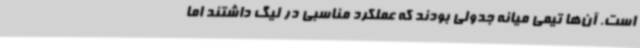
است. آن‌ها تیمی میانه جدولی بودند که عملکرد مناسبی در لیگ داشتند اما